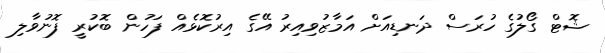
ޝޮޓް ގޯލުގެ ހުރަސް ދަނޑިއަށް އަމާޒުވިއިރު އޭގެ އިރުކޮޅެއް ފަހުން ބޮކުރީ ފޮނުވާލި